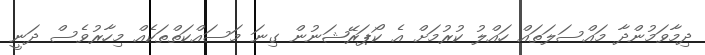
ދިމާވަމުންދާ މައްސަލަތައް ހައްލު ކުރުމަށް އެ ކޯޕަރޭޝަނުން ގިނަ މަސައްކަތްތަކެއް މިހާރުވެސް ދަނީ